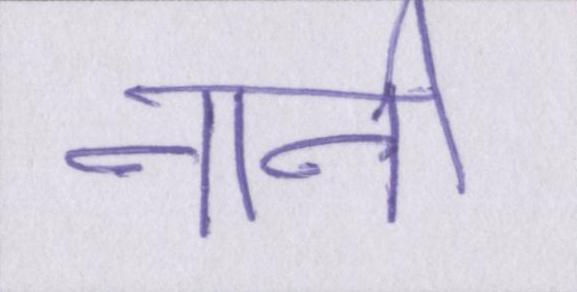
नानी